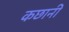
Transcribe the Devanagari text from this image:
कछानी